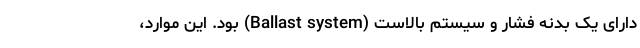
دارای یک بدنه فشار و سیستم بالاست (Ballast system) بود. این موارد،